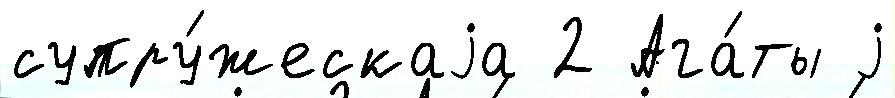
супру́жескаjа 2 Ага́ты j